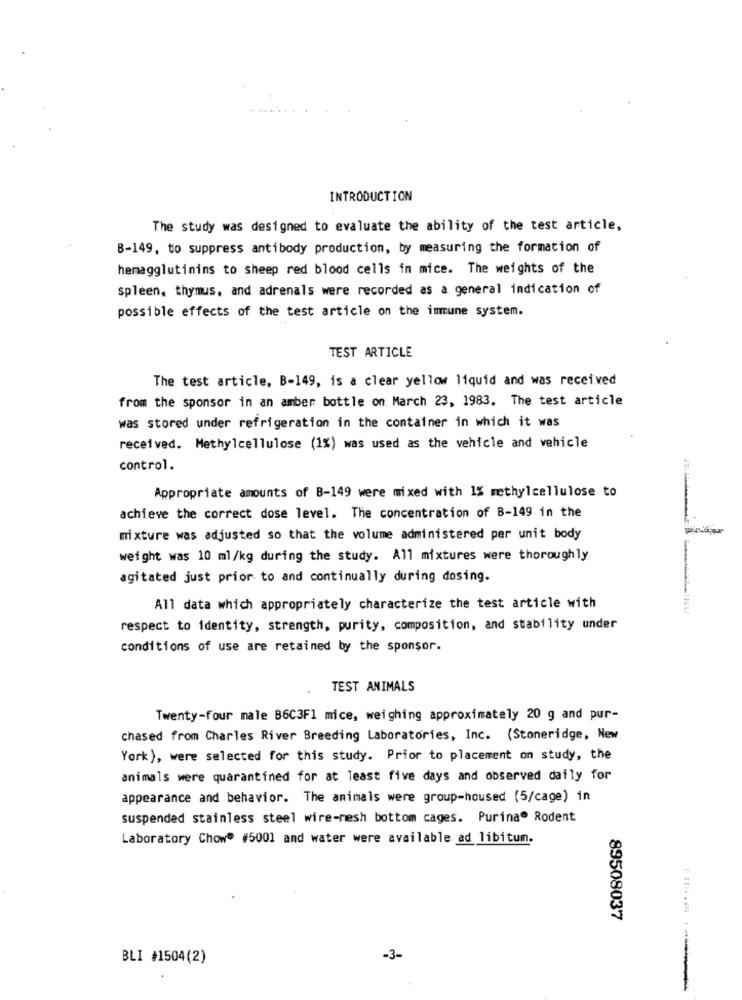
INTRODUCTION
The study was designed to evaluate the ability of the test article,
B-149, to suppress antibody production, by measuring the formation of
hemagglutinins to sheep red blood cells in mice. The weights of the
spleen, thymus, and adrenals were recorded as a general indication of
possible effects of the test article on the immune system.
TEST ARTICLE
The test article, B-149, is a clear yellow liquid and was received
from the sponsor in an amber bottle on March 23, 1983. The test article
was stored under refrigeration in the container in which it was
received. Methylcellulose (1%) was used as the vehicle and vehicle
control.
Appropriate amounts of B-149 were mixed with 1% methylcellulose to
achieve the correct dose level. The concentration of B-149 in the
mixture was adjusted so that the volume administered per unit body
weight was 10 ml/kg during the study. All mixtures were thoroughly
1
agitated just prior to and continually during dosing.
All data which appropriately characterize the test article with
respect to identity, strength, purity, composition, and stability under
conditions of use are retained by the sponsor.
TEST ANIMALS
Twenty-four male B6C3F1 mice, weighing approximately 20 g and pur-
chased from Charles River Breeding Laboratories, Inc. (Stoneridge, New
York ), were selected for this study. Prior to placement on study, the
animals were quarantined for at least five days and observed daily for
appearance and behavior. The animals were group-housed (5/cage) in
suspended stainless steel wire-mesh bottom cages. Purina" Rodent
Laboratory Chow® #5001 and water were available ad libitum.
89508037
BLI #1504(2)
-3-